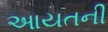
આયતની